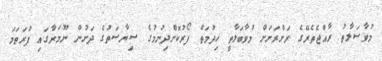
މުވާޞަލާތު ރާއްޖެތެރޭގެ ރަށްރަށަށް މުވާބަލާތީ ޚިދުމަތް ފޯރުކޮށްދިނުމުގެ ސިޔާސަތުގެ ދަށުން ނޫމަރާގައި ފުރަތަމަ